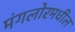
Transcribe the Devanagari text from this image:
मंगलोरमधील